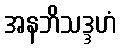
အနဘိသဒ္ဒဟံ